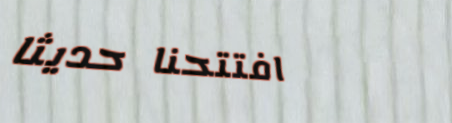
افتتحنا حديثاً